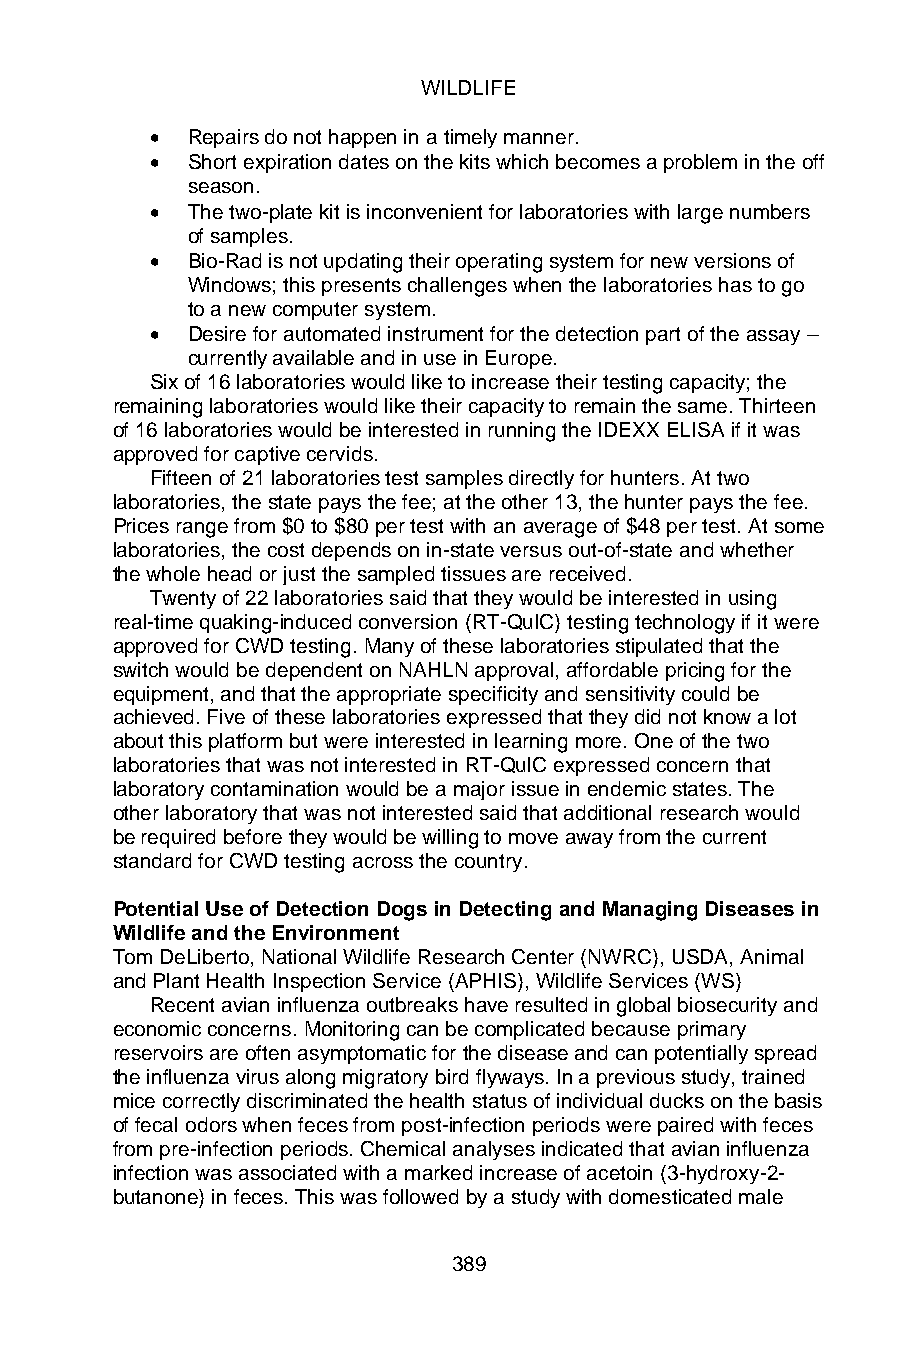
WILDLIFE
 • Repairs do not happen in a timely manner.
 • Short expiration dates on the kits which becomes a problem in the off
 season.
 • The two-plate kit is inconvenient for laboratories with large numbers
 of samples.
 • Bio-Rad is not updating their operating system for new versions of
 Windows; this presents challenges when the laboratories has to go
 to a new computer system.
 • Desire for automated instrument for the detection part of the assay –
 currently available and in use in Europe.
 Six of 16 laboratories would like to increase their testing capacity; the
 remaining laboratories would like their capacity to remain the same. Thirteen
 of 16 laboratories would be interested in running the IDEXX ELISA if it was
 approved for captive cervids.
 Fifteen of 21 laboratories test samples directly for hunters. At two
 laboratories, the state pays the fee; at the other 13, the hunter pays the fee.
 Prices range from $0 to $80 per test with an average of $48 per test. At some
 laboratories, the cost depends on in-state versus out-of-state and whether
 the whole head or just the sampled tissues are received.
 Twenty of 22 laboratories said that they would be interested in using
 real-time quaking-induced conversion (RT-QuIC) testing technology if it were
 approved for CWD testing. Many of these laboratories stipulated that the
 switch would be dependent on NAHLN approval, affordable pricing for the
 equipment, and that the appropriate specificity and sensitivity could be
 achieved. Five of these laboratories expressed that they did not know a lot
 about this platform but were interested in learning more. One of the two
 laboratories that was not interested in RT-QuIC expressed concern that
 laboratory contamination would be a major issue in endemic states. The
 other laboratory that was not interested said that additional research would
 be required before they would be willing to move away from the current
 standard for CWD testing across the country.
 Potential Use of Detection Dogs in Detecting and Managing Diseases in
 Wildlife and the Environment
 Tom DeLiberto, National Wildlife Research Center (NWRC), USDA, Animal
 and Plant Health Inspection Service (APHIS), Wildlife Services (WS)
 Recent avian influenza outbreaks have resulted in global biosecurity and
 economic concerns. Monitoring can be complicated because primary
 reservoirs are often asymptomatic for the disease and can potentially spread
 the influenza virus along migratory bird flyways. In a previous study, trained
 mice correctly discriminated the health status of individual ducks on the basis
 of fecal odors when feces from post-infection periods were paired with feces
 from pre-infection periods. Chemical analyses indicated that avian influenza
 infection was associated with a marked increase of acetoin (3-hydroxy-2-
 butanone) in feces. This was followed by a study with domesticated male
 389